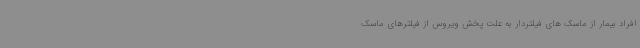
افراد بیمار از ماسک های فیلتردار به علت پخش ویروس از فیلترهای ماسک